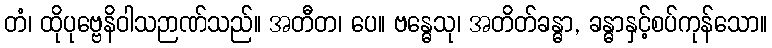
တံ၊ ထိုပုဗ္ဗေနိဝါသဉာဏ်သည်။ အတီတ၊ ပေ။ ဗန္ဓေသု၊ အတိတ်ခန္ဓာ, ခန္ဓာနှင့်စပ်ကုန်သော။